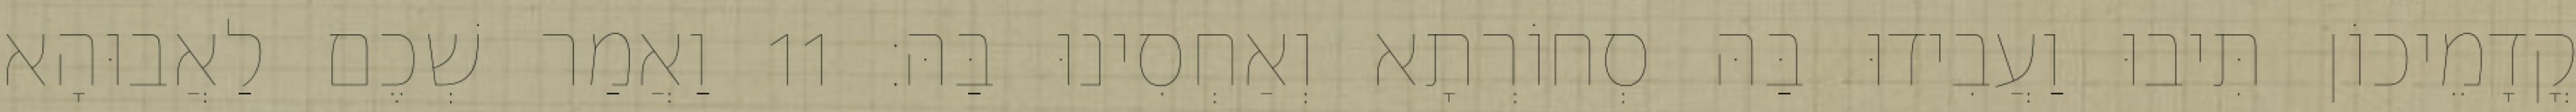
קֳדָמֵיכוֹן תִּיבוּ וַעֲבִידוּ בַּהּ סְחוֹרְתָא וְאַחְסִינוּ בַּהּ׃ 11 וַאֲמַר שְׁכֶם לַאֲבוּהָא